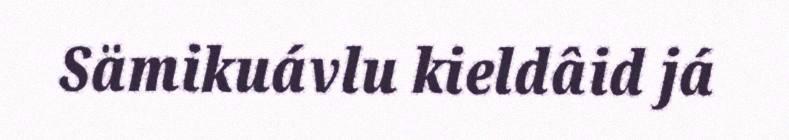
Sämikuávlu kieldâid já